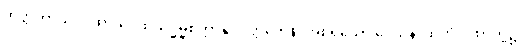
တတ္ထတာသု ဂါထာသု၊ ထိုသဒ္ဓမ္မစက္ကာနုပဝတ္တကေန၊ အစရှိသော ဒေသနာထုတိဂါထာတို့၌။